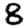
Digit: 8